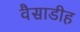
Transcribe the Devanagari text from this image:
वैसाडीह